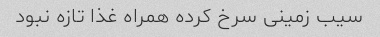
سیب زمینی سرخ کرده همراه غذا تازه نبود